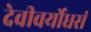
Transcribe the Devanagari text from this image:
देवीवर्योधसं